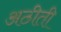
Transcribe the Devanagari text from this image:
अठीती